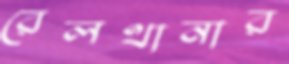
রেলথানার